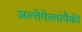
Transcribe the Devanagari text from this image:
अल्तेपेत्लांपैकी